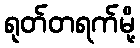
ရုတ်တရက်မို့